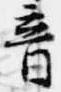
音